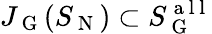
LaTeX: J_{\mathrm{~G~}}(S_{\mathrm{~N~}})\subset S_{\mathrm{~G~}}^{\mathrm{~a~l~l~}}